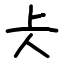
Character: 仧